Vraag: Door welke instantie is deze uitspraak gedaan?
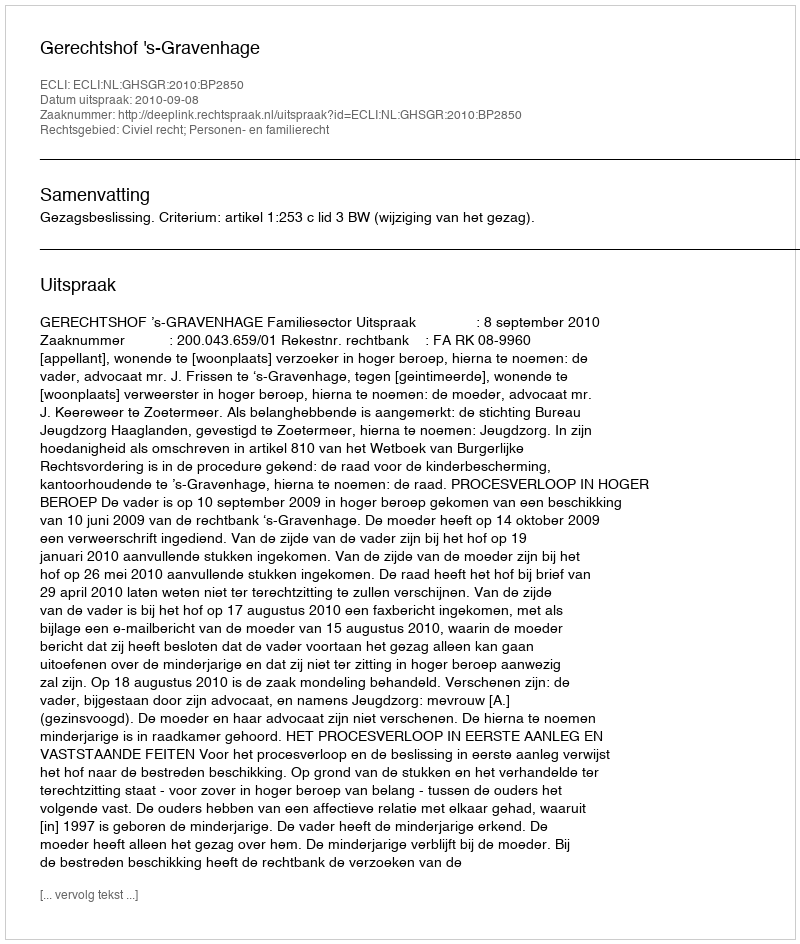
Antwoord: Gerechtshof 's-Gravenhage